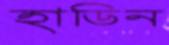
হাডিন